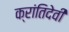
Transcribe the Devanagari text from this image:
क्रांतिदेवी